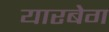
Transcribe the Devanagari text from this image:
यारबेग